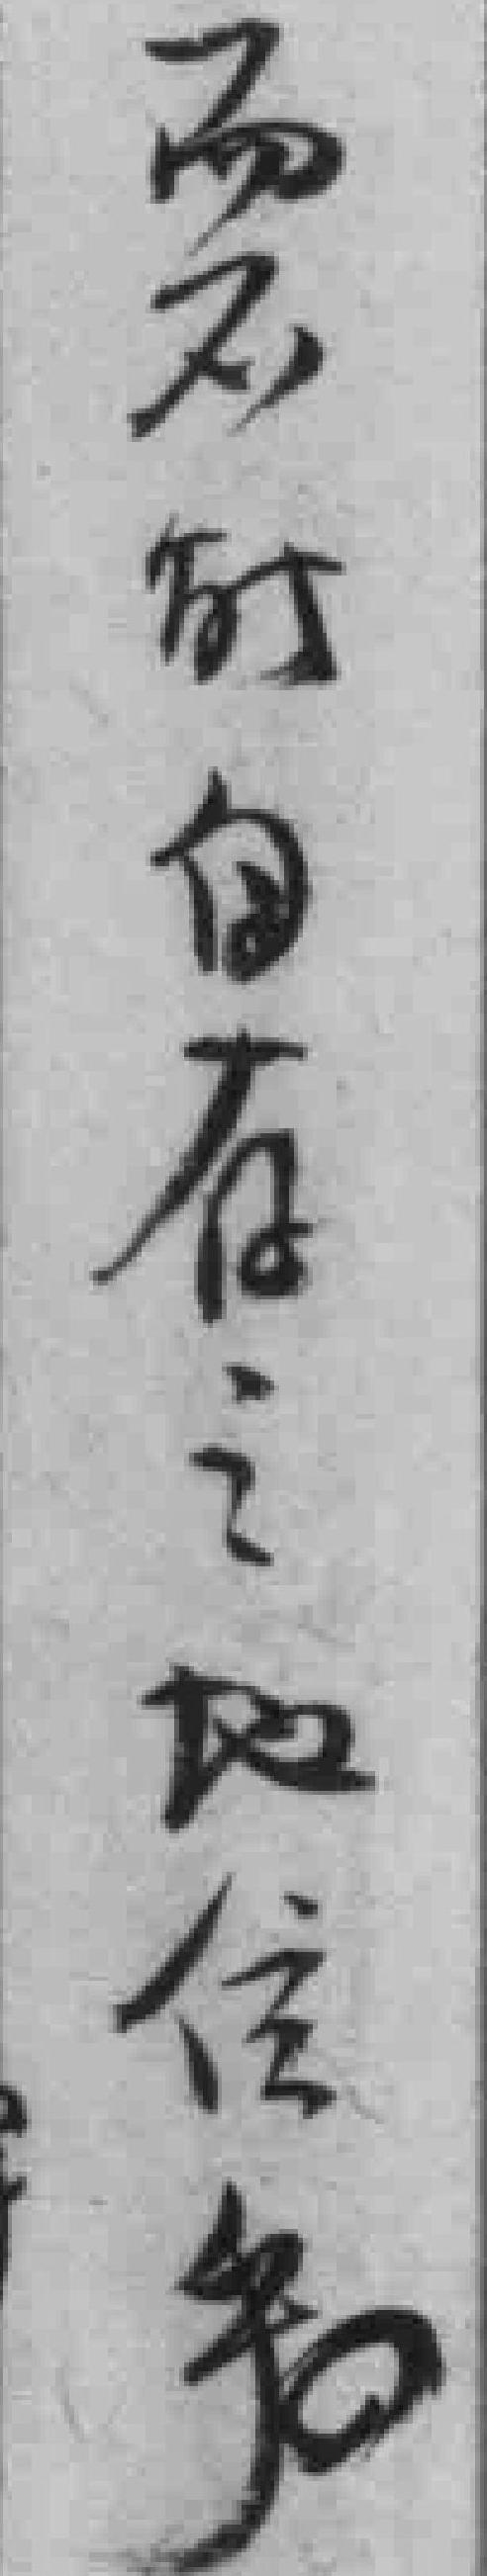
而不能自存之地位乎